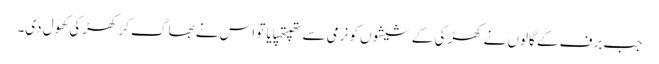
جب برف کے گالوں نے کھڑکی کے شیشوں کو نرمی سے تھپتھپایا تو اس نے بھاگ کر کھڑکی کھول دی۔